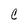
Character: C